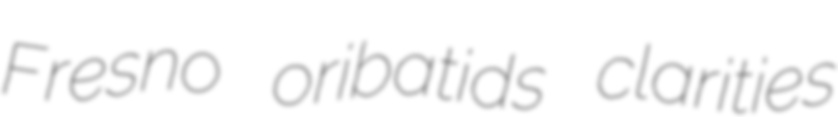
Fresno oribatids clarities